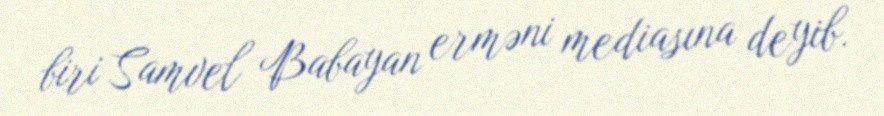
biri Samvel Babayan erməni mediasına deyib.